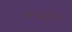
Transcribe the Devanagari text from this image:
०५३०